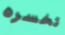
تخسره